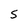
Character: S